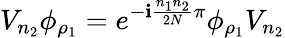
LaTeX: V_{n_{2}}\phi_{\rho_{1}}=e^{-\mathbf{i}\frac{{n_{1}n_{2}}}{{2N}}\pi}\phi_{\rho_{1}}V_{n_{2}}